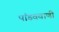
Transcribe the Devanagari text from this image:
पांडववाणी